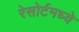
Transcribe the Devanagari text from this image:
रेसोर्टमध्ये